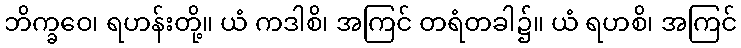
ဘိက္ခဝေ၊ ရဟန်းတို့။ ယံ ကဒါစိ၊ အကြင် တရံတခါ၌။ ယံ ရဟစိ၊ အကြင်